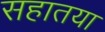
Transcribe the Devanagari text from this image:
सहातया